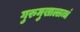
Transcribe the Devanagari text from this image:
गुरुमुखाल्लब्धं